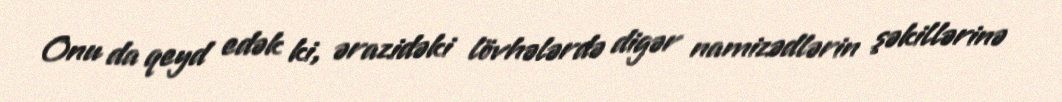
Onu da qeyd edək ki, ərazidəki lövhələrdə digər namizədlərin şəkillərinə